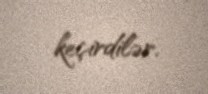
keçirdilər.